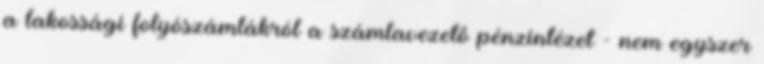
a lakossági folyószámlákról a számlavezető pénzintézet - nem egyszer